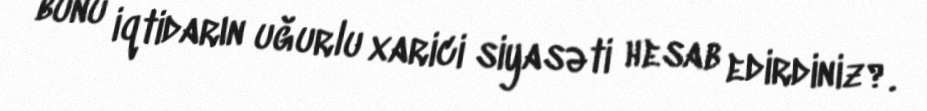
bunu iqtidarın uğurlu xarici siyasəti hesab edirdiniz?.